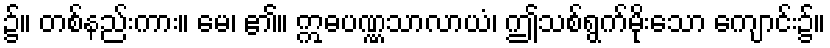
၌။ တစ်နည်းကား။ မေ၊ ၏။ ဣဓပဏ္ဏသာလာယံ၊ ဤသစ်ရွက်မိုးသော ကျောင်း၌။